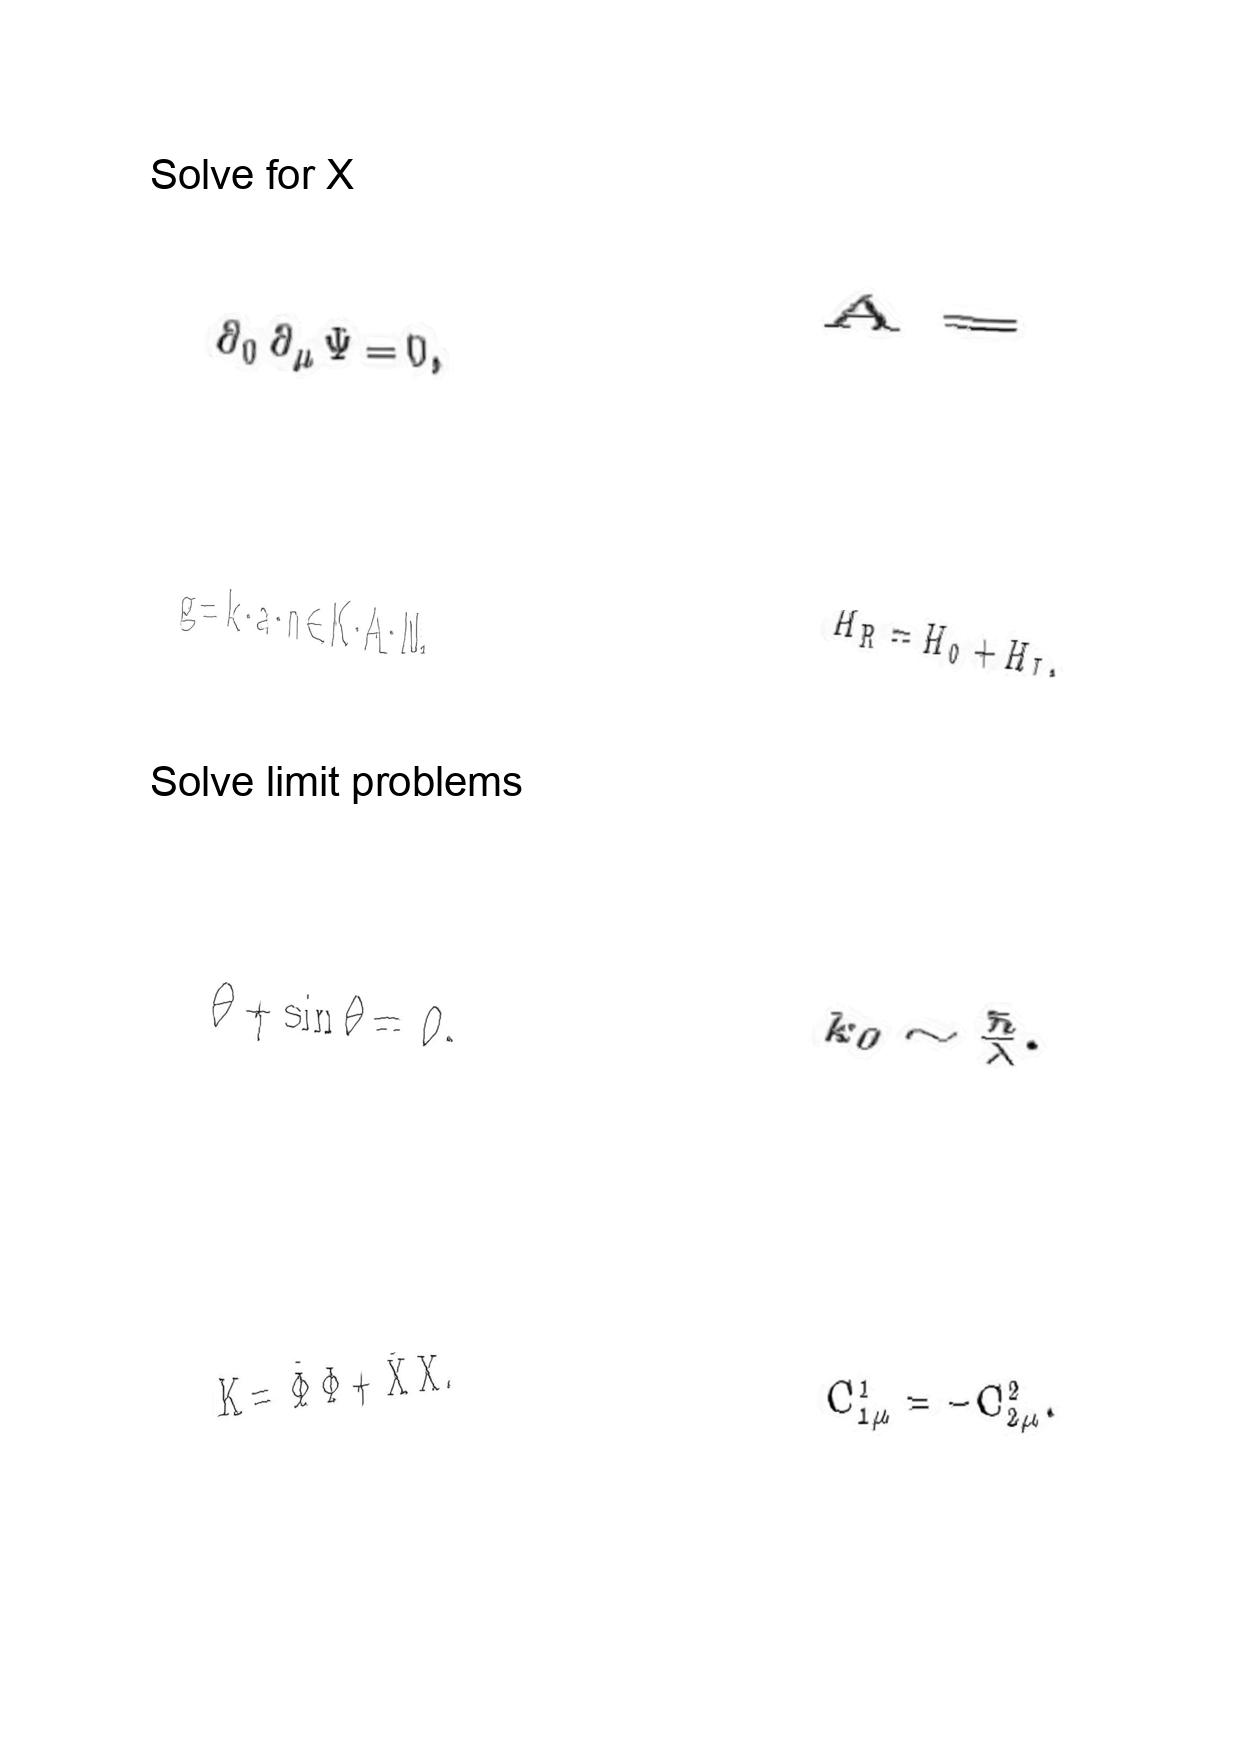
LaTeX transcription:
\partial _ { 0 } \partial _ { \mu } \Psi = 0 ,
g = k \cdot a \cdot n \in K \cdot A \cdot N ,
\ddot { \theta } + \sin \theta = 0 .
K = \bar { \Phi } \Phi + \bar { X } X .
A =
H _ { R } = H _ { 0 } + H _ { I } ,
k _ { 0 } \sim \frac { \hbar } { \lambda } .
C ^ { 1 } _ { 1 \mu } = - C ^ { 2 } _ { 2 \mu } .